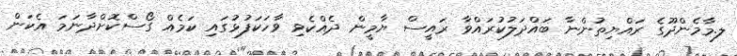
ލ.މާމެންދޫގެ ރައްޔިތުންނާ ބައްދަލުކުރައްވާ ރައީސް ޔާމީން ދެއްކެވި ވާހަކަފުޅުގައި ކަމެއް ގޯސްކޮށްދާނަމަ އެކަން